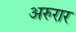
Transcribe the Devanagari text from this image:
अरुरार